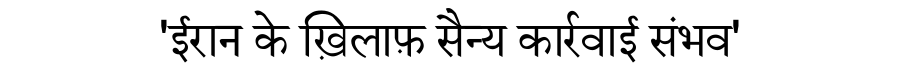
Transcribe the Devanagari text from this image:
'ईरान के ख़िलाफ़ सैन्य कार्रवाई संभव'